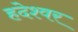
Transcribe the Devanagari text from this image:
हदेश्वर